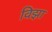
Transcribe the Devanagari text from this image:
विझा